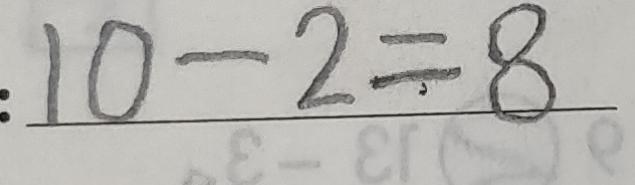
: 1 0 - 2 = 8